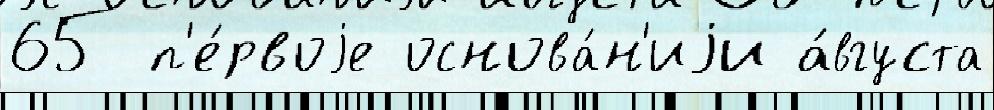
65 п'е́рвоjе основа́н'иjи а́вгуста